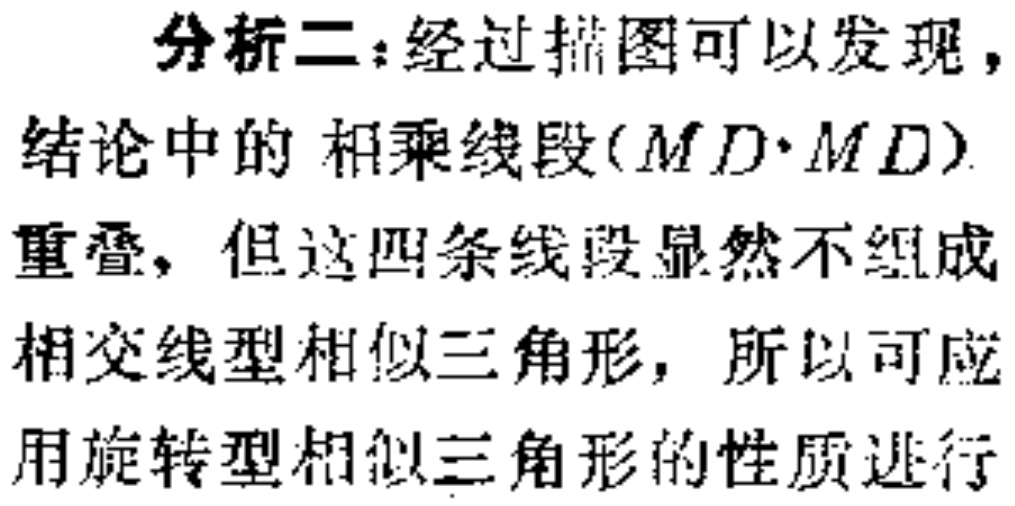
分析二：经过描图可以发现，
结论中的 相乘线段($MD\cdot MD$)
重叠，但这四条线段显然不组成
相交线型相似三角形，所以可应
用旋转型相似三角形的性质进行